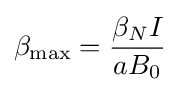
\beta _{\text{max}}={\frac {\beta _{N}I}{aB_{0}}}